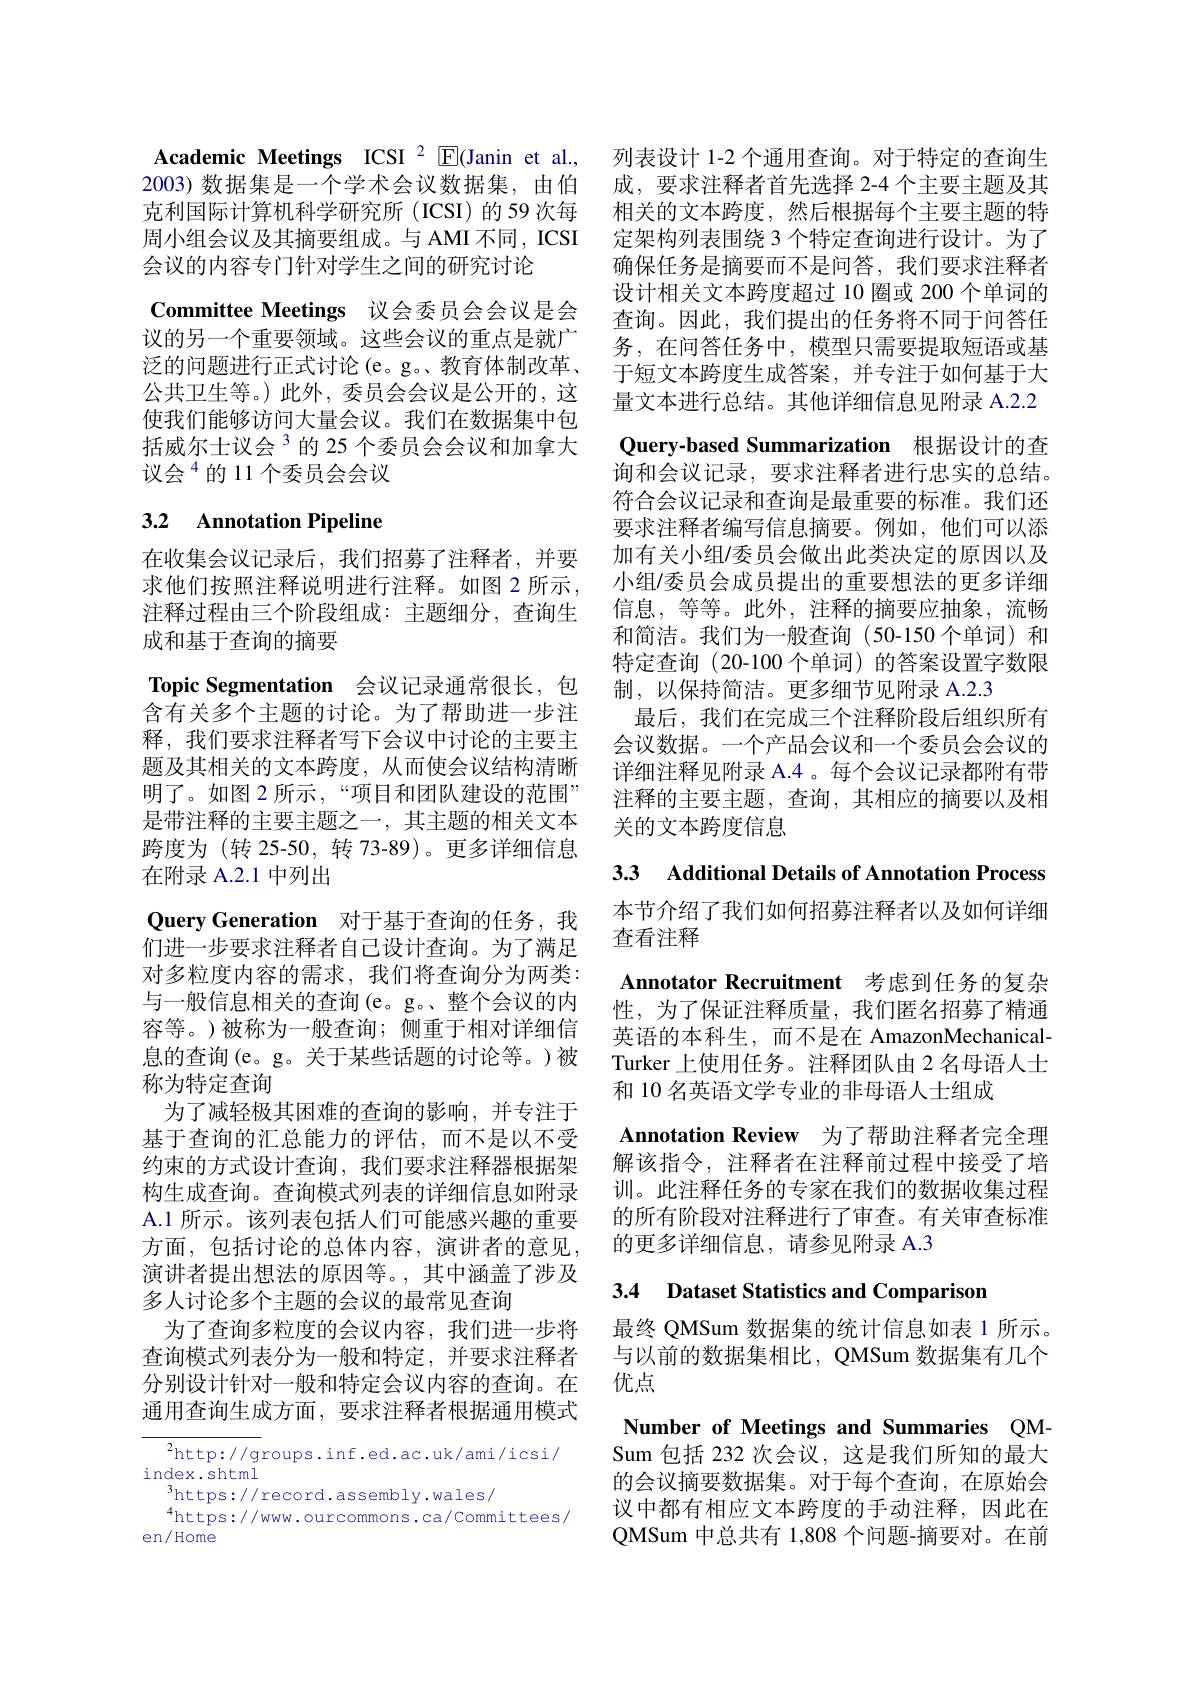
Academic Meetings ICSI $^{2}$ E(Janin et al., 列表设计 1-2 个通用查询。对于特定的查询生2003) 数据集是一个学术会议数据集，由伯 成，要求注释者首先选择 2-4 个主要主题及其克利国际计算机科学研究所 (ICSI) 的 59 次每 相关的文本跨度，然后根据每个主要主题的特周小组会议及其摘要组成。与 AMI 不同，ICSI 定架构列表围绕 3 个特定查询进行设计。为了会议的内容专门针对学生之间的研究讨论
Committee Meetings 议会委员会会议是会议的另一个重要领域。这些会议的重点是就广泛的问题进行正式讨论(e。g。教育体制改革、 公共卫生等。)此外，委员会会议是公开的，这使我们能够访问大量会议。我们在数据集中包括威尔士议会$^{3}$的 25 个委员会会议和加拿大议会$^{4}$的11个委员会会议

# 3.2 Annotation Pipeline

在收集会议记录后，我们招募了注释者，并要求他们按照注释说明进行注释。如图 2 所示， 注释过程由三个阶段组成：主题细分，查询生成和基于查询的摘要
Topic Segmentation 会议记录通常很长，包含有关多个主题的讨论。为了帮助进一步注释，我们要求注释者写下会议中讨论的主要主题及其相关的文本跨度，从而使会议结构清晰明了。如图 2 所示，“项目和团队建设的范围” 是带注释的主要主题之一，其主题的相关文本跨度为 (转 25-50, 转 73-89)。更多详细信息在附录 A.2.1 中列出
Query Generation 对于基于查询的任务，我们进一步要求注释者自己设计查询。为了满足对多粒度内容的需求，我们将查询分为两类： 与一般信息相关的查询(e。g。、整个会议的内容等。)被称为一般查询；侧重于相对详细信息的查询(e。g。关于某些话题的讨论等。)被称为特定查询
为了减轻极其困难的查询的影响，并专注于基于查询的汇总能力的评估，而不是以不受约束的方式设计查询，我们要求注释器根据架构生成查询。查询模式列表的详细信息如附录A.1 所示。该列表包括人们可能感兴趣的重要方面，包括讨论的总体内容，演讲者的意见， 演讲者提出想法的原因等。,其中涵盖了涉及多人讨论多个主题的会议的最常见查询
为了查询多粒度的会议内容，我们进一步将查询模式列表分为一般和特定，并要求注释者分别设计针对一般和特定会议内容的查询。在通用查询生成方面，要求注释者根据通用模式

${\overline{{^2}\mathrm{http://g}}}$roups.inf.ed.ac.uk/ami/icsi/
index.shtml
$^{3}$https://record.assembly.wales/
$^{4}$https://www.ourcommons.ca/Committees/
en/ Home

确保任务是摘要而不是问答，我们要求注释者设计相关文本跨度超过 10 圈或 200 个单词的查询。因此，我们提出的任务将不同于问答任务，在问答任务中，模型只需要提取短语或基于短文本跨度生成答案，并专注于如何基于大量文本进行总结。其他详细信息见附录 A.2.2 Query-based Summarization 根据设计的查询和会议记录，要求注释者进行忠实的总结。符合会议记录和查询是最重要的标准。我们还要求注释者编写信息摘要。例如，他们可以添加有关小组/委员会做出此类决定的原因以及小组/委员会成员提出的重要想法的更多详细信息，等等。此外，注释的摘要应抽象，流畅和简洁。我们为一般查询(50-150个单词) 和特定查询(20-100个单词)的答案设置字数限制，以保持简洁。更多细节见附录 A.2.3
最后，我们在完成三个注释阶段后组织所有会议数据。一个产品会议和一个委员会会议的详细注释见附录 A.4 。每个会议记录都附有带注释的主要主题，查询，其相应的摘要以及相关的文本跨度信息

3.3 Additional Details of Annotation Process

本节介绍了我们如何招募注释者以及如何详细
查看注释

Annotator Recruitment 考虑到任务的复杂性，为了保证注释质量，我们匿名招募了精通英语的本科生，而不是在 AmazonMechanicalTurker 上使用任务。注释团队由 2 名母语人士和 10 名英语文学专业的非母语人士组成
Annotation Review 为了帮助注释者完全理解该指令，注释者在注释前过程中接受了培训。此注释任务的专家在我们的数据收集过程的所有阶段对注释进行了审查。有关审查标准的更多详细信息，请参见附录 A.3

3.4 Dataset Statistics and Comparison

最终 QMSum 数据集的统计信息如表 1 所示。与以前的数据集相比，QMSum 数据集有几个优点

Number of Meetings and Summaries QMSum 包括 232 次会议，这是我们所知的最大的会议摘要数据集。对于每个查询，在原始会议中都有相应文本跨度的手动注释，因此在QMSum 中总共有 1,808 个问题-摘要对。在前